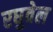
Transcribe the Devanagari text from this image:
रघुवेल